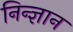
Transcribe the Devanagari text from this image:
निन्ज्ञान